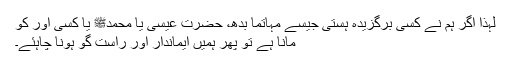
لہٰذا اگر ہم نے کسی برگزیدہ ہستی جیسے مہاتما بدھ، حضرت عیسیٰ یا محمدﷺ یا کسی اور کو
مانا ہے تو پھر ہمیں ایماندار اور راست گو ہونا چاہئے۔